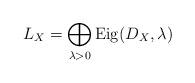
LaTeX: \begin{align*} L_X = \bigoplus_{\lambda > 0} \mathrm{Eig}(D_X, \lambda)\end{align*}